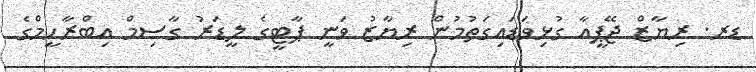
ޑރ. ރިޔާޒް ޖޭޕީއާ ގުޅިވަޑައިގަތުމުން ރިޔާޒު ވަނީ ޕާޓީގެ ލީޑަރު ގާސިމް އިބްރާހީމްގެ